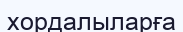
хордалыларға